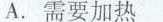
A .需要加热